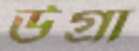
উগ্রা